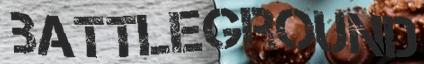
BATTLEGROUND